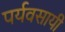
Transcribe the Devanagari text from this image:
पर्यवसायी